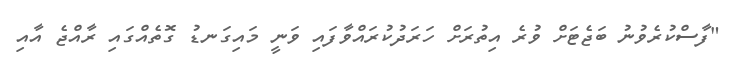
"ފާސްކުރެވުނު ބަޖެޓަށް ވުރެ އިތުރަށް ހަރަދުކުރައްވާފައި ވަނީ މައިގަނޑު ގޮތެއްގައި ރާއްޖެ އާއި